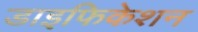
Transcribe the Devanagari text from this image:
डाइफिकेशन